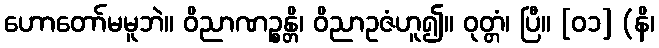
ဟောတော်မမူဘဲ။ ဝိညာဏဉ္စန္တိ၊ ဝိညာဥဇံဟူ၍။ ဝုတ္တံ၊ ပြီ။ [၀၁] (နိ၊